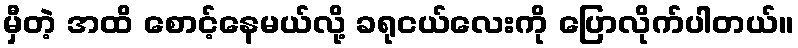
မှီတဲ့ အထိ စောင့်နေမယ်လို့ ခရုငယ်လေးကို ပြောလိုက်ပါတယ်။